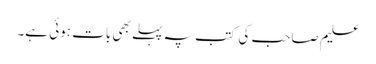
علیم صاحب کی کتب پہ پہلے بھی بات ہوئی ہے۔